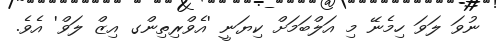
ނުވަ ލަވަ ހިމެނޭ މި އަލްބަމަށް ކިޔަނީ 'އެވްރިތިންގ އިޒް ލަވް' އެވެ.